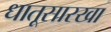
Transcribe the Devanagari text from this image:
धातूसारखा